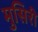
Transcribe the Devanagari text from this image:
मुसिरी